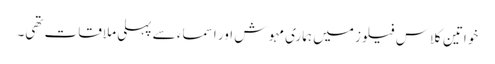
خواتین کلاس فیلوز میں ہماری مہوش اور اسماء سے پہلی ملاقات تھی۔